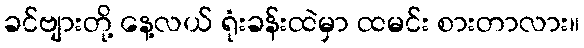
ခင်ဗျားတို့ နေ့လယ် ရုံးခန်းထဲမှာ ထမင်း စားတာလား။